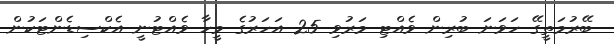
ބޭރުމަތީގޭ ހަވަނަ ބުރިން ވެއްޓި މަރުވި 25 އަހަރުގެ މީހާ ވެއްޓުނީ އެކްސިޑެންޓަކުން